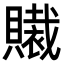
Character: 𧸄